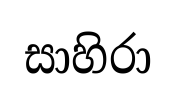
සාහිරා